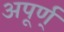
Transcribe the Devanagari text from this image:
अपूर्ण्